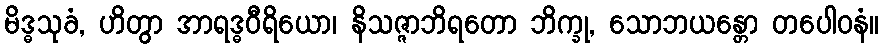
မိဒ္ဓသုခံ, ဟိတွာ အာရဒ္ဓဝီရိယော၊ နိသဇ္ဇာဘိရတော ဘိက္ခု, သောဘယန္တော တပေါဝနံ။